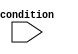
module unique_case_statement (
    input [3:0] condition
);

reg [1:0] result;

always @(*) begin
    case (condition)
        4'b0000: begin
            result = 2'b00;
        end

        4'b0001: begin
            result = 2'b01;
        end

        4'b0010: begin
            result = 2'b10;
        end
        
        default: begin
            result = 2'b11;
        end
    endcase
end

endmodule